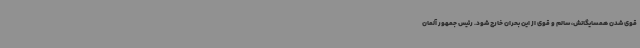
قوی شدن همسایگانش، سالم و قوی از این بحران خارج شود. رئیس جمهور آلمان